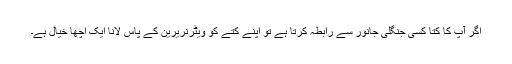
اگر آپ کا کتا کسی جنگلی جانور سے رابطہ کرتا ہے تو اپنے کتے کو ویٹرنریرین کے پاس لانا ایک اچھا خیال ہے۔